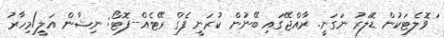
ަވޮލެޓަކުން ޑޮލަރު ނަގަނީ. ރާއްޖޭގައި ބޭނުން ކުރަނީ ފެގް ރޭޓެއް--ފޮޓޯ: ނިޝާން އަލީ/މިހާރު